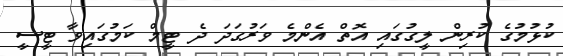
ކުޅުމުގެ ކުރިން ލީގުގައި އޮތް އެންމެ ވަރުގަދަ ދެ ޓީމް ކަމުގައިވާ ޓީސީ